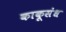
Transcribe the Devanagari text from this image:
काकूसंध